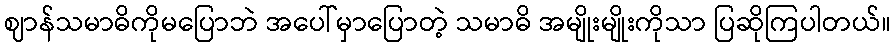
ဈာန်သမာဓိကိုမပြောဘဲ အပေါ်မှာပြောတဲ့ သမာဓိ အမျိုးမျိုးကိုသာ ပြဆိုကြပါတယ်။